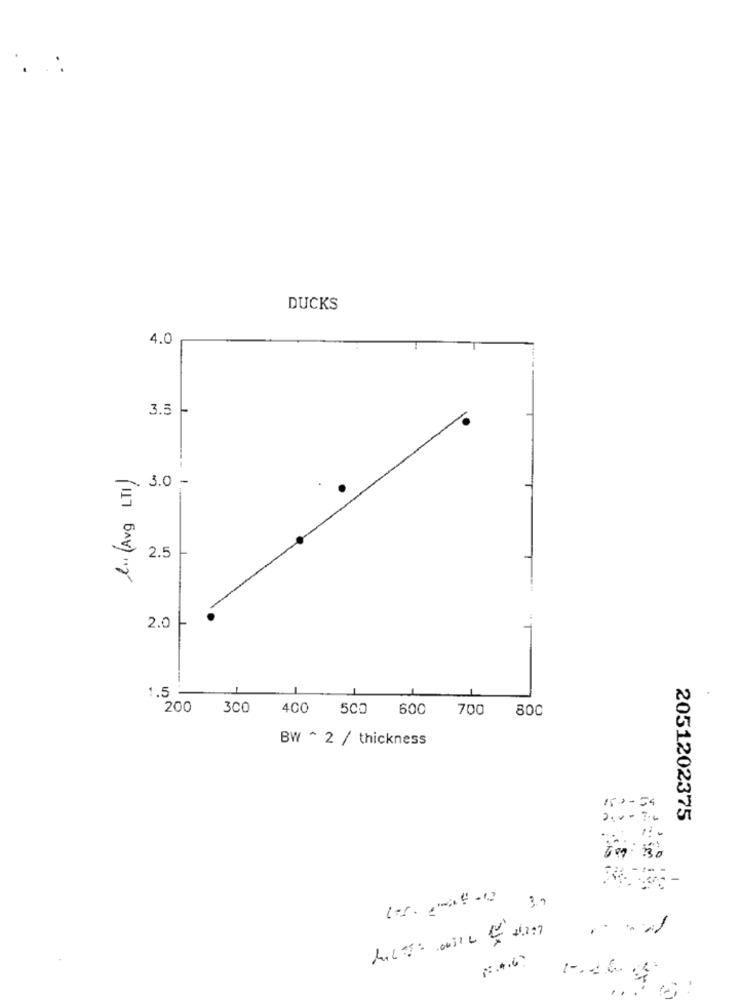
DUCKS
4.0
3.5
l .. (Avg LTI)
--
3.0 -
2.5
2.0
1.5
200 300 400 500 600 700
800
BW ^ 2 / thickness
**- 54
2051202375
om: 330
1.4.6